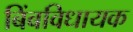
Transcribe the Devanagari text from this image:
बिंबविधायक